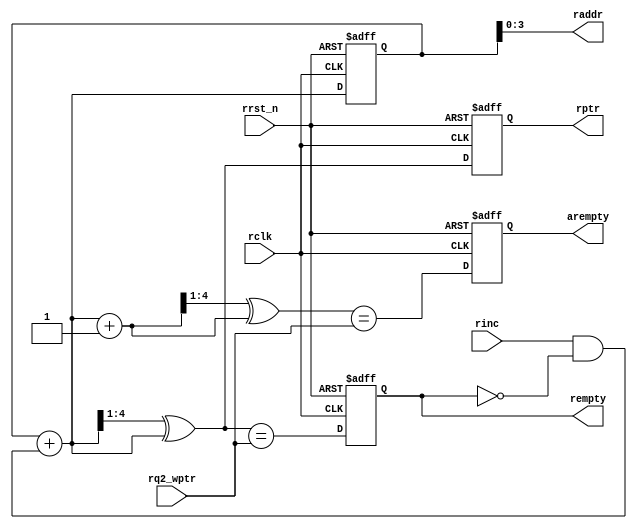
module rptr_empty 
    
    #(
    parameter ADDRSIZE = 4
    )(
    input  wire                rclk,
    input  wire                rrst_n,
    input  wire                rinc,
    input  wire [ADDRSIZE  :0] rq2_wptr,
    output reg                 rempty,
    output reg                 arempty,
    output wire [ADDRSIZE-1:0] raddr,
    output reg  [ADDRSIZE  :0] rptr
    );
    
    reg  [ADDRSIZE:0] rbin;
    wire [ADDRSIZE:0] rgraynext, rbinnext, rgraynextm1;
    wire              arempty_val, rempty_val;

    //-------------------
    // GRAYSTYLE2 pointer
    //-------------------
    always @(posedge rclk or negedge rrst_n) begin

        if (!rrst_n) 
            {rbin, rptr} <= 0;
        else         
            {rbin, rptr} <= {rbinnext, rgraynext};

    end
    
    // Memory read-address pointer (okay to use binary to address memory)
    assign raddr     = rbin[ADDRSIZE-1:0];
    assign rbinnext  = rbin + (rinc & ~rempty);
    assign rgraynext = (rbinnext >> 1) ^ rbinnext;
    assign rgraynextm1 = ((rbinnext + 1'b1) >> 1) ^ (rbinnext + 1'b1);
    
    //--------------------------------------------------------------- 
    // FIFO empty when the next rptr == synchronized wptr or on reset 
    //--------------------------------------------------------------- 
    assign rempty_val = (rgraynext == rq2_wptr);
    assign arempty_val = (rgraynextm1 == rq2_wptr);
    
    always @ (posedge rclk or negedge rrst_n) begin

        if (!rrst_n) begin
            arempty <= 1'b0;
            rempty <= 1'b1;
        end
        else begin
            arempty <= arempty_val;
            rempty <= rempty_val;
        end

    end

endmodule